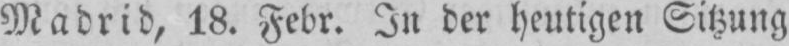
Madrid, 18. Febr. In der heutigen Sitzung